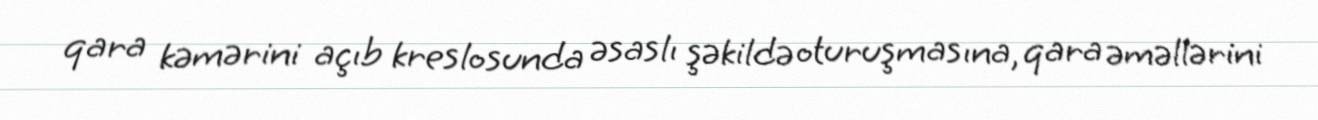
qara kəmərini açıb kreslosunda əsaslı şəkildə oturuşmasına, qara əməllərini